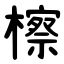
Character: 檫